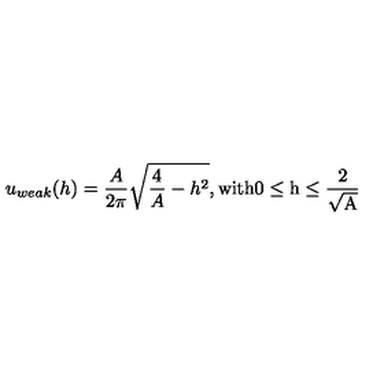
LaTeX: u _ { w e a k } ( h ) = \frac { A } { 2 \pi } \sqrt { \frac { 4 } { A } - h ^ { 2 } } \mathrm { , w i t h 0 \leq h \leq \frac { 2 } { \sqrt { A } } }